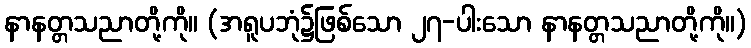
နာနတ္တသညာတို့ကို။ (အရူပဘုံ၌ဖြစ်သော ၂၇-ပါးသော နာနတ္တသညာတို့ကို။)